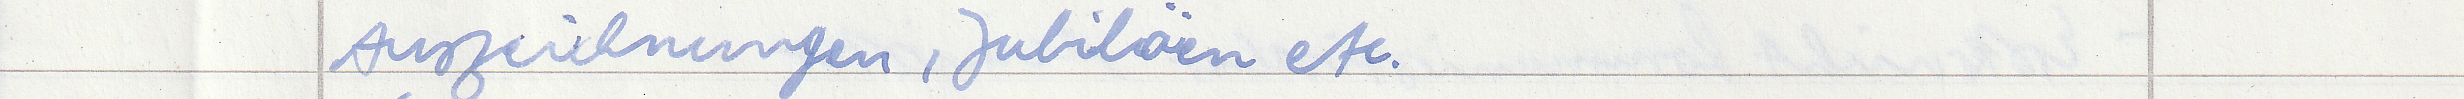
Auszeichnungen, Jubiläen etc.